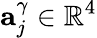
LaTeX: \mathbf{a}_{j}^{\gamma}\in\mathbb{R}^{4}